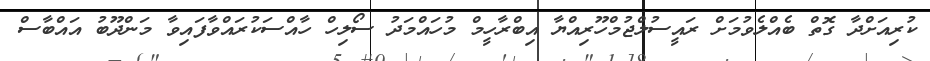
ކުރިއަށްދާ ގޮތް ބެއްލެވުމަށް ރައީސުލްޖުމްހޫރިއްޔާ އިބްރާހީމް މުހައްމަދު ސޯލިހް ހާއްސަކުރައްވާފައިވާ މަންދޫބު އައްބާސް